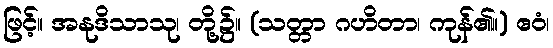
ဖြင့်။ အနုဒိသာသု၊ တို့၌။ (သတ္တာ ဂဟိတာ၊ ကုန်၏။) ဧဝံ၊